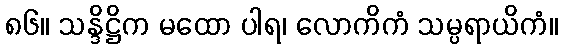
၈၆။ သန္ဒိဋ္ဌိက မထော ပါရ၊ လောကိကံ သမ္ပရာယိကံ။